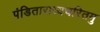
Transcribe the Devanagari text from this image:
पंडिताराध्यचरितमु